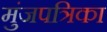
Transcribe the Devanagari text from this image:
मुंजपत्रिका